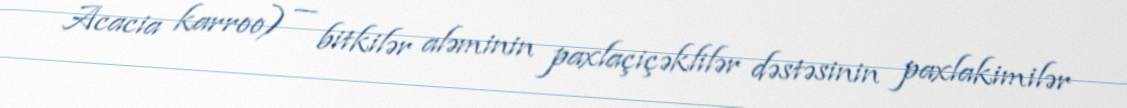
Acacia karroo) — bitkilər aləminin paxlaçiçəklilər dəstəsinin paxlakimilər